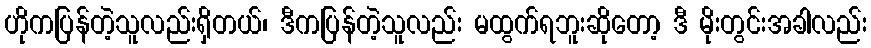
ဟိုကပြန်တဲ့သူလည်းရှိတယ်၊ ဒီကပြန်တဲ့သူလည်း မထွက်ရဘူးဆိုတော့ ဒီ မိုးတွင်းအခါလည်း